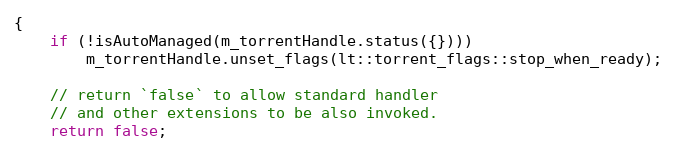
Language: C++
{
    if (!isAutoManaged(m_torrentHandle.status({})))
        m_torrentHandle.unset_flags(lt::torrent_flags::stop_when_ready);

    // return `false` to allow standard handler
    // and other extensions to be also invoked.
    return false;